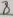
Text: 8